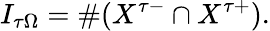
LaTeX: I_{\tau\Omega}=\# (X^{\tau-}\cap X^{\tau+}).